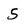
Character: 5